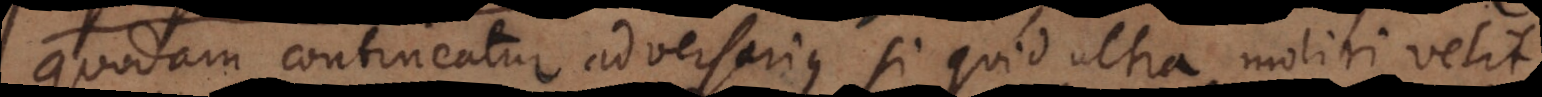
quodam contineatur adversarius si quid ultra moliri velit,